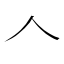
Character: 𠆢